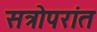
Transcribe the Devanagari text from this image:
सत्रोपरांत